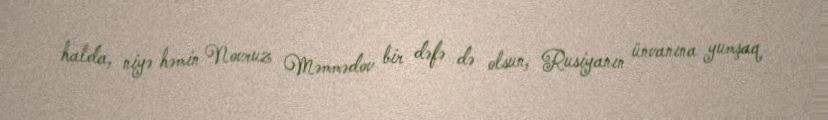
halda, niyə həmin Novruz Məmmədov bir dəfə də olsun, Rusiyanın ünvanına yumşaq